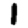
Digit: 1